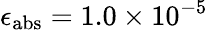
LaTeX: \epsilon_{\textup{abs}}=1.0\times 10^{-5}